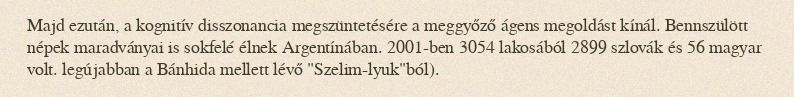
Majd ezután, a kognitív disszonancia megszüntetésére a meggyőző ágens megoldást kínál. Bennszülött népek maradványai is sokfelé élnek Argentínában. 2001-ben 3054 lakosából 2899 szlovák és 56 magyar volt. legújabban a Bánhida mellett lévő "Szelim-lyuk"ból).